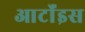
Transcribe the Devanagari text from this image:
आर्टॉइस